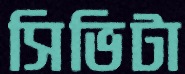
সিভিটা